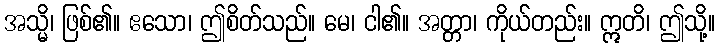
အသ္မိ၊ ဖြစ်၏။ ဧသော၊ ဤစိတ်သည်။ မေ၊ ငါ၏။ အတ္တာ၊ ကိုယ်တည်း။ ဣတိ၊ ဤသို့။